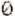
0